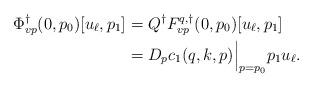
LaTeX: \begin{align*}\Phi^\dagger_{vp}(0,p_0)[u_\ell,p_1] &= Q^\dagger F^{q,\dagger}_{vp}(0,p_0)[u_\ell,p_1]\\&=D_p c_1(q,k,p)\Big|_{p=p_0}p_1u_\ell.\end{align*}